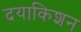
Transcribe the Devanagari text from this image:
दयाकिशन